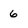
Character: 6